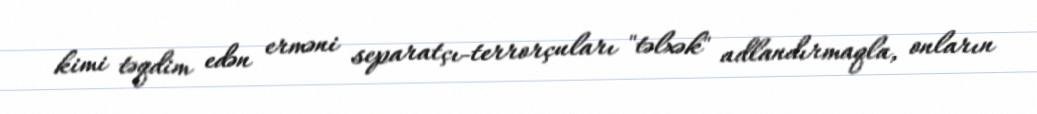
kimi təqdim edən erməni separatçı-terrorçuları "təlxək" adlandırmaqla, onların